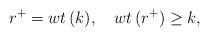
LaTeX: \begin{align*}r^+={wt}\, (k), \quad {wt} \, (r^+)\geq k,\end{align*}